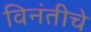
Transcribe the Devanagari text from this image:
विनंतीचे